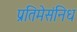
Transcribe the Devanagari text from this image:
प्रतिमेसंनिध